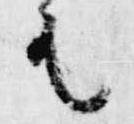
有